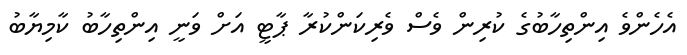
އެހެންވެ އިންތިހާބުގެ ކުރިން ވެސް ވެރިކަންކުރާ ޕާޓީ އަށް ވަނީ އިންތިހާބު ކާމިޔާބު